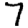
Digit: 7